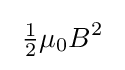
\;{\tfrac {1}{2}}\mu _{0}B^{2}\;